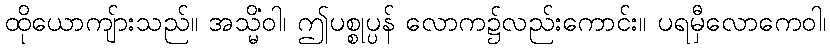
ထိုယောကျ်ားသည်။ အသ္မိံဝါ၊ ဤပစ္စုပ္ပန် လောက၌လည်းကောင်း။ ပရမှီလောကေဝါ၊